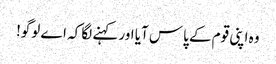
وہ اپنی قوم کے پاس آیا اور کہنے لگا کہ اے لوگو!